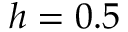
h = 0 . 5